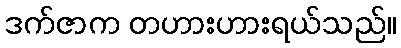
ဒက်ဇာက တဟားဟားရယ်သည်။